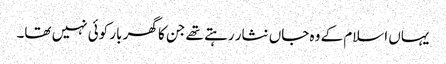
یہاں اسلام کے وہ جاں نثار رہتے تھے جن کا گھر بار کوئی نہیں تھا۔